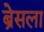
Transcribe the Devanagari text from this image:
ब्रेसला